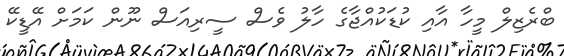
ބްރެޒިލް މީހާ އާއި ކުޑަކުއްޖާގެ ހާލު ވެސް ސީރިއަސް ނޫން ކަމަށް އޭޑީކޭ